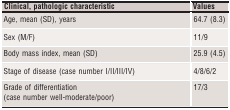
| Clinical, pathologic characteristic | Values |
 | --- | --- |
 | Age, mean (SD), years | 64.7 (8.3) |
 | Sex (M/F) | 11/9 |
 | Body mass index, mean (SD) | 25.9 (4.5) |
 | Stage of disease (case number I/II/III/IV) | 4/8/6/2 |
 | Grade of differentiation (case number well-moderate/poor) | 17/3 |